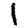
Digit: 1